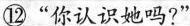
⑫“你认识她吗?”